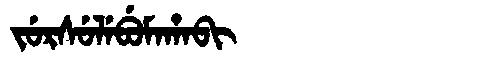
Manchu: ᠵᡠᡵᠰᡠᠯᡝᠪᡠᠮᠠᡥᠠᠪᡳ
Romanization: JURSULEBUMAHABI